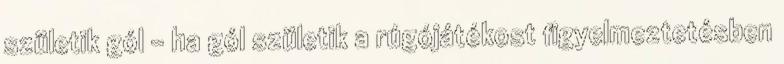
születik gól - ha gól születik a rúgójátékost figyelmeztetésben